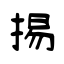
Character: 掦